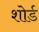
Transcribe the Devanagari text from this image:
शोर्ड